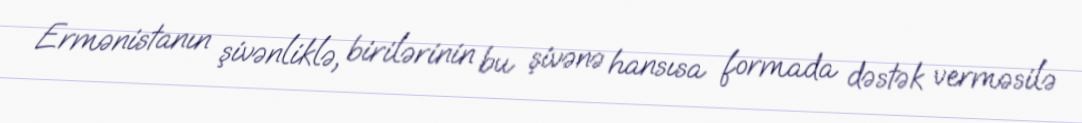
Ermənistanın şivənliklə, birilərinin bu şivənə hansısa formada dəstək verməsilə